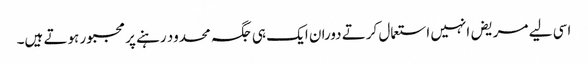
اسی لیے مریض انہیں استعمال کرتے دوران ایک ہی جگہ محدود رہنے پر مجبور ہوتے ہیں۔